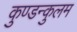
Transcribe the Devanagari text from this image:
कुण्डन्कुलम